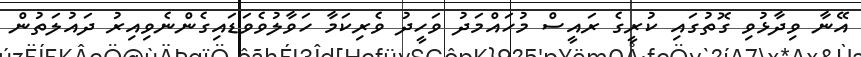
އޭނާ ވިދާޅުވި ގޮތުގައި ކުރީގެ ރައީސް މުހައްމަދު ވަހީދު ވެރިކަމާ ހަވާލުވެވަޑައިގެންނެވިއިރު ދައުލަތުން